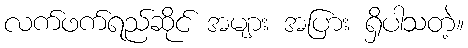
လက်ဖက်ရည်ဆိုင် အများ အပြား ရှိပါသတဲ့။